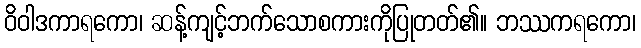
ဝိဝါဒကာရကော၊ ဆန့်ကျင့်ဘက်သောစကားကိုပြုတတ်၏။ ဘဿကရကော၊